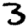
Digit: 3